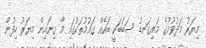
މިޔަރު މަދުވުމުގެ މައިގަނޑު ސަބަބަކީ ބައެއް ގައުމުތަކުގައި މާ ގިނައިން މިޔަރު ހިފުން